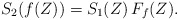
\begin{align*}S_2( f(Z)) = S_1(Z)\, F_f(Z).\end{align*}